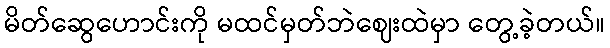
မိတ်ဆွေဟောင်းကို မထင်မှတ်ဘဲဈေးထဲမှာ တွေ့ခဲ့တယ်။